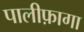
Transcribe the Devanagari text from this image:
पालीफ़ागा